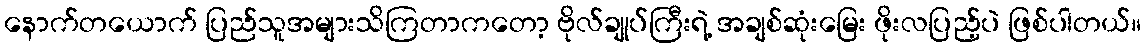
နောက်တယောက် ပြည်သူအများသိကြတာကတော့ ဗိုလ်ချုပ်ကြီးရဲ့ အချစ်ဆုံးမြေး ဖိုးလပြည့်ပဲ ဖြစ်ပါတယ်။